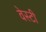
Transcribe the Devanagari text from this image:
वेस्टी